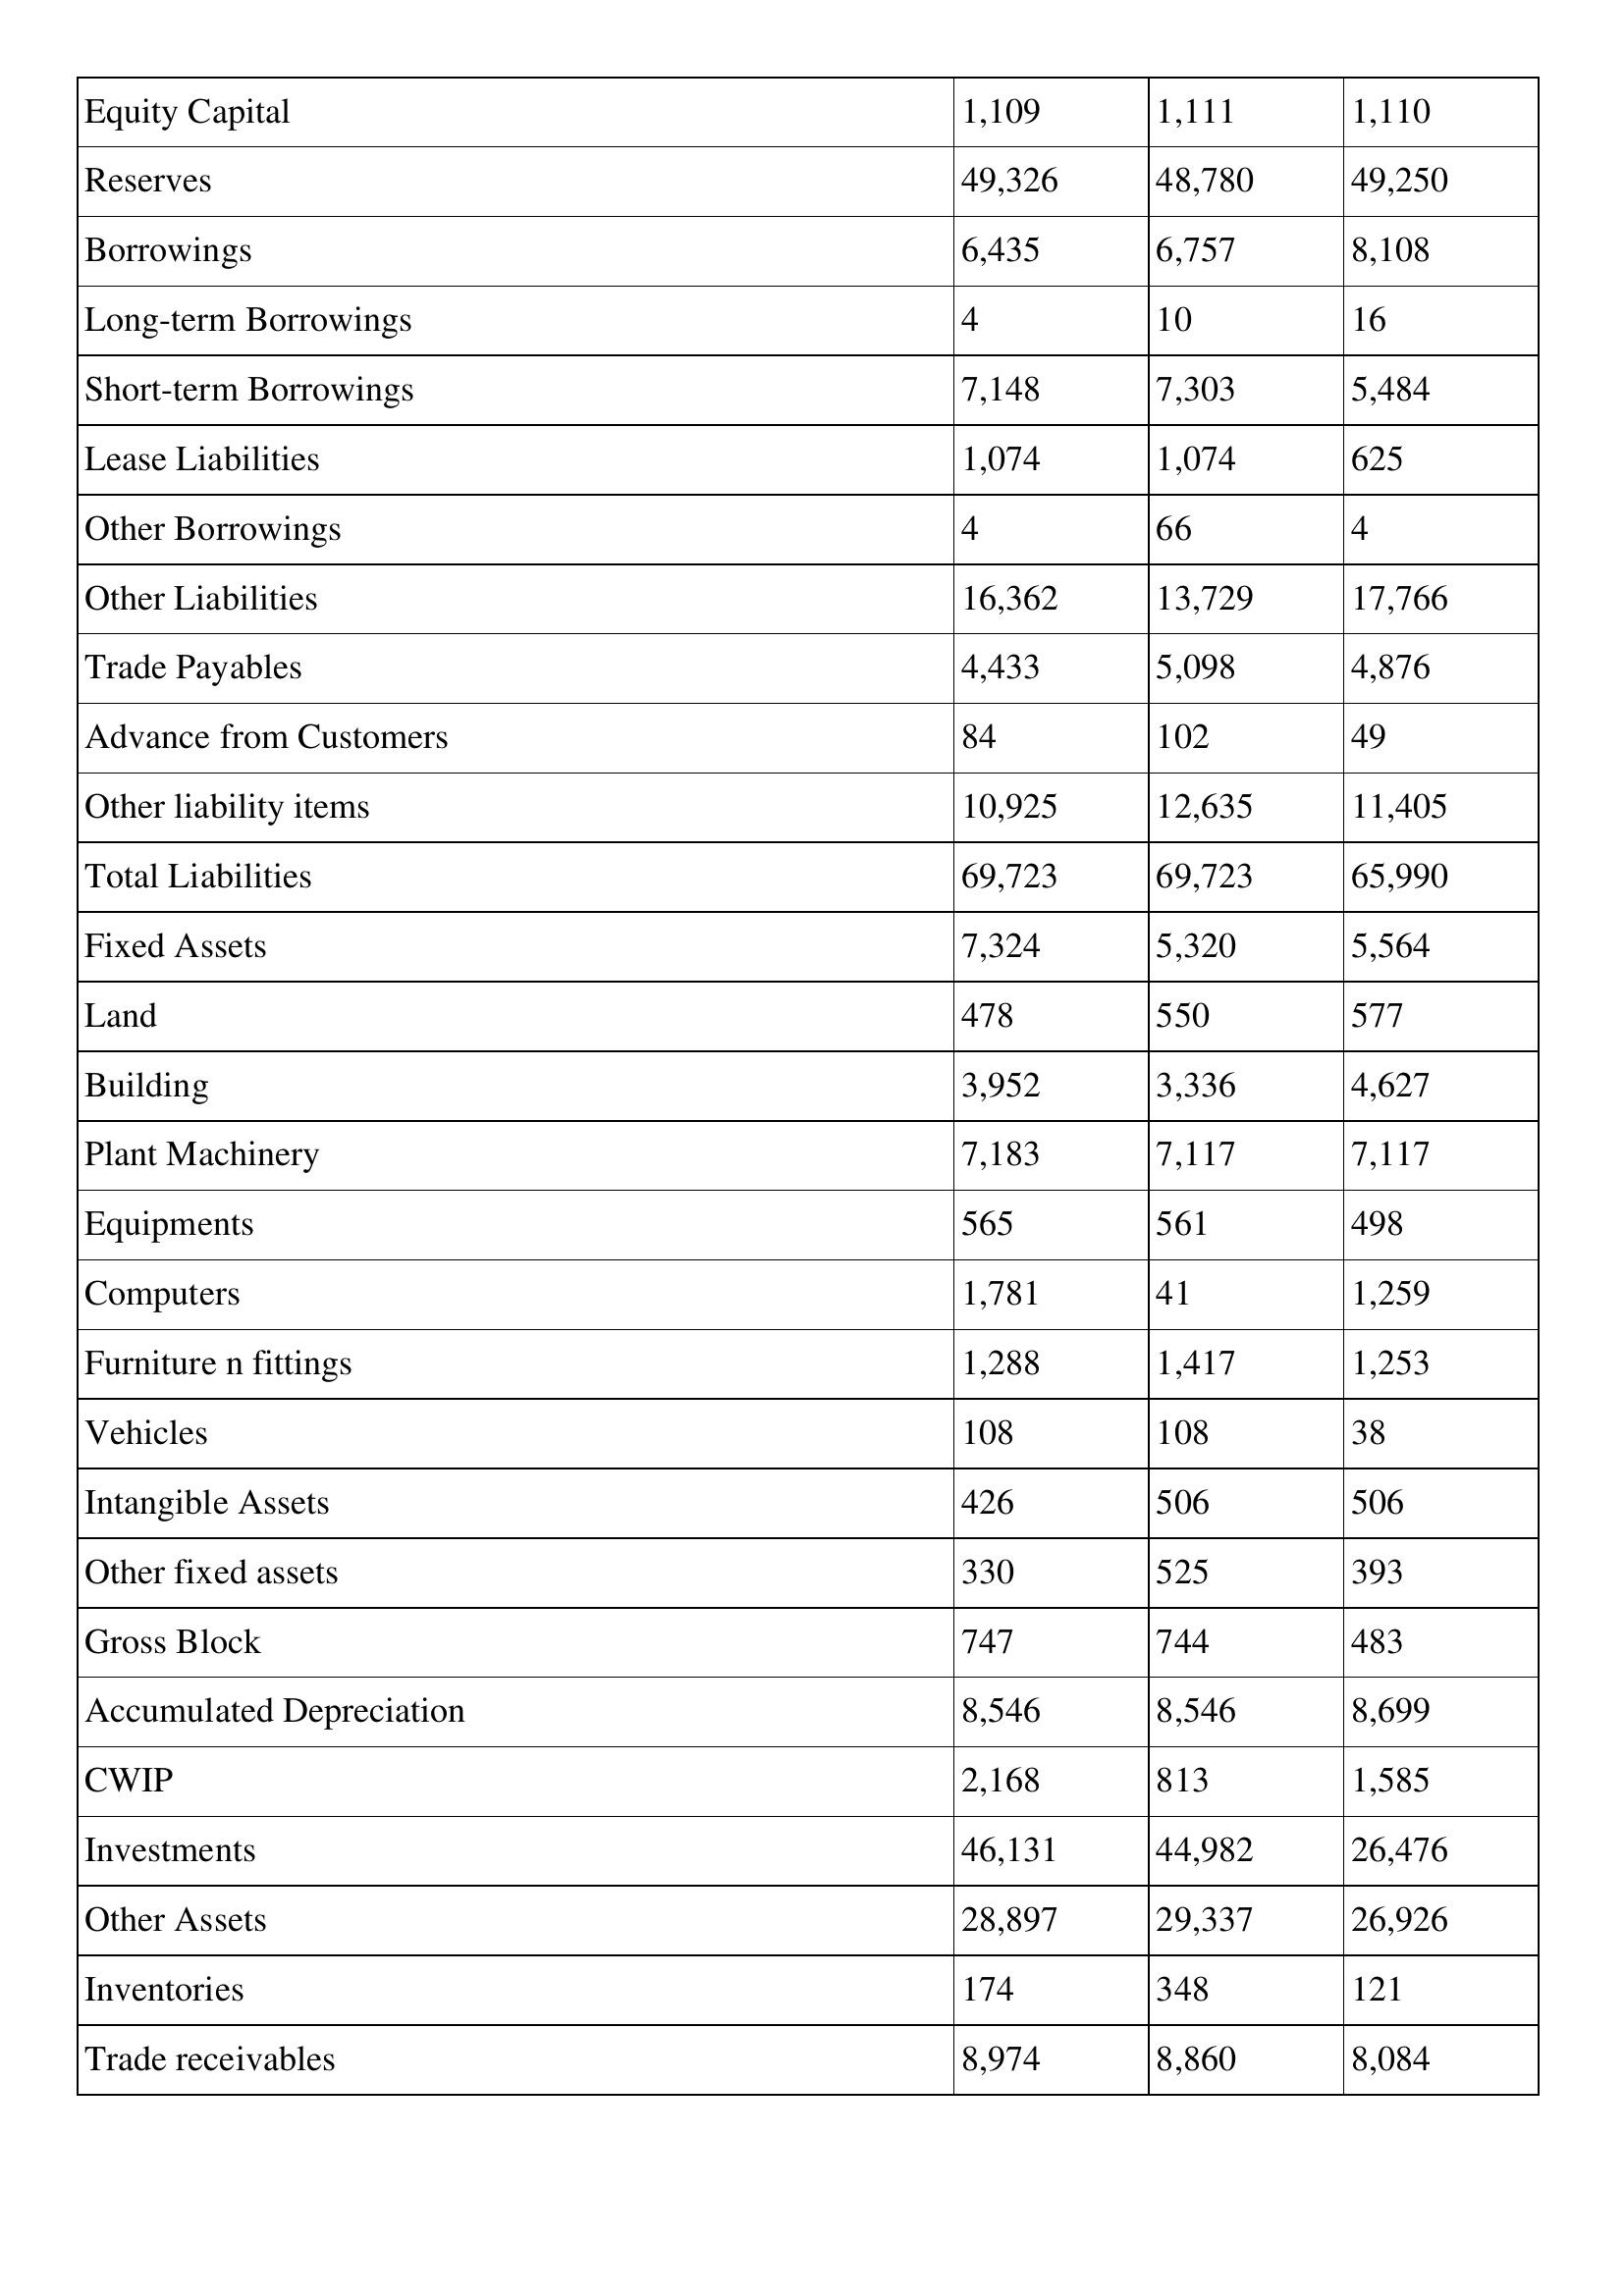
gt_parse: 1995: Balance Sheet: Equity Capital: 1,109
Reserves: 49,326
Borrowings: 6,435
Long-term Borrowings: 4
Short-term Borrowings: 7,148
Lease Liabilities: 1,074
Other Borrowings: 4
Other Liabilities: 16,362
Trade Payables: 4,433
Advance from Customers: 84
Other liability items: 10,925
Total Liabilities: 69,723
Fixed Assets: 7,324
Land: 478
Building: 3,952
Plant Machinery: 7,183
Equipments: 565
Computers: 1,781
Furniture n fittings: 1,288
Vehicles: 108
Intangible Assets: 426
Other fixed assets: 330
Gross Block: 747
Accumulated Depreciation: 8,546
CWIP: 2,168
Investments: 46,131
Other Assets: 28,897
Inventories: 174
Trade receivables: 8,974
1994: Balance Sheet: Equity Capital: 1,111
Reserves: 48,780
Borrowings: 6,757
Long-term Borrowings: 10
Short-term Borrowings: 7,303
Lease Liabilities: 1,074
Other Borrowings: 66
Other Liabilities: 13,729
Trade Payables: 5,098
Advance from Customers: 102
Other liability items: 12,635
Total Liabilities: 69,723
Fixed Assets: 5,320
Land: 550
Building: 3,336
Plant Machinery: 7,117
Equipments: 561
Computers: 41
Furniture n fittings: 1,417
Vehicles: 108
Intangible Assets: 506
Other fixed assets: 525
Gross Block: 744
Accumulated Depreciation: 8,546
CWIP: 813
Investments: 44,982
Other Assets: 29,337
Inventories: 348
Trade receivables: 8,860
1993: Balance Sheet: Equity Capital: 1,110
Reserves: 49,250
Borrowings: 8,108
Long-term Borrowings: 16
Short-term Borrowings: 5,484
Lease Liabilities: 625
Other Borrowings: 4
Other Liabilities: 17,766
Trade Payables: 4,876
Advance from Customers: 49
Other liability items: 11,405
Total Liabilities: 65,990
Fixed Assets: 5,564
Land: 577
Building: 4,627
Plant Machinery: 7,117
Equipments: 498
Computers: 1,259
Furniture n fittings: 1,253
Vehicles: 38
Intangible Assets: 506
Other fixed assets: 393
Gross Block: 483
Accumulated Depreciation: 8,699
CWIP: 1,585
Investments: 26,476
Other Assets: 26,926
Inventories: 121
Trade receivables: 8,084